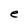
Character: e